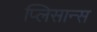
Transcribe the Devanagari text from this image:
प्लिसान्स